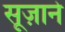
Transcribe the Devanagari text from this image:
सूज़ाने